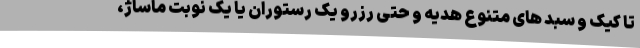
تا کیک و سبد های متنوع هدیه و حتی رزرو یک رستوران یا یک نوبت ماساژ،